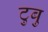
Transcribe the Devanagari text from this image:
टुबु